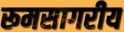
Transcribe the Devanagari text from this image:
रूमसागरीय